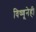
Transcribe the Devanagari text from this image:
विष्णूनेही